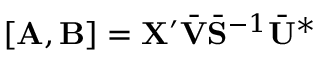
[ \mathbf { A } , \mathbf { B } ] = \mathbf { X } ^ { \prime } \bar { \mathbf { V } } \bar { \mathbf { S } } ^ { - 1 } \bar { \mathbf { U } } ^ { * }